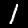
Digit: 1